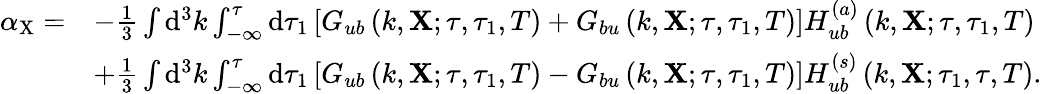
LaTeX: \begin{array}{rl}{\alpha_{\mathrm{X}}=}&{-\frac{1}{3}\int\mathrm{d}^{3}k\int_{-\infty}^{\tau}\mathrm{d}\tau_{1}\left[G_{ub}\left(k,\mathbf{X};\tau,\tau_{1},T\right)+G_{bu}\left(k,\mathbf{X};\tau,\tau_{1},T\right)\right]H_{ub}^{(a)}\left(k,\mathbf{X};\tau,\tau_{1},T\right)}\\ &{+\frac{1}{3}\int\mathrm{d}^{3}k\int_{-\infty}^{\tau}\mathrm{d}\tau_{1}\left[G_{ub}\left(k,\mathbf{X};\tau,\tau_{1},T\right)-G_{bu}\left(k,\mathbf{X};\tau,\tau_{1},T\right)\right]H_{ub}^{(s)}\left(k,\mathbf{X};\tau_{1},\tau,T\right).}\end{array}